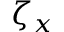
\zeta _ { x }